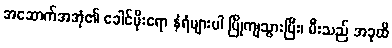
အဆောက်အအုံ၏ ခေါင်မိုးရော နံရံများပါ ပြိုကျသွားပြီး၊ မီးသည် အခုထိ